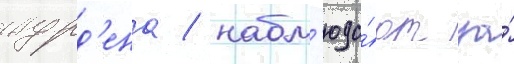
журд'ена / набл'юда́ют за́